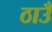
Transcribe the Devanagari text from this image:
ठाउँ